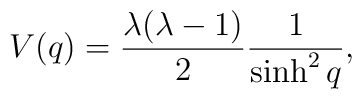
V(q)= \frac{\lambda (\lambda -1)}{2} \frac{1}{\sinh ^2q},